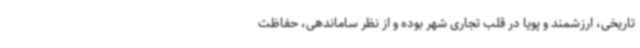
تاریخی، ارزشمند و پویا در قلب تجاری شهر بوده و از نظر ساماندهی، حفاظت